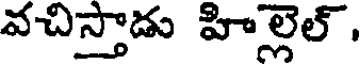
వచిస్తాడు హిల్లెల్,